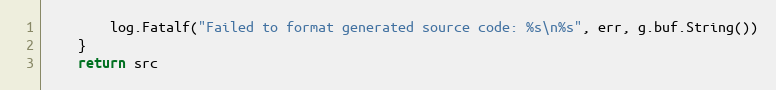
Language: Go
		log.Fatalf("Failed to format generated source code: %s\n%s", err, g.buf.String())
	}
	return src